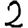
Digit: 2